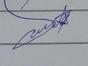
Signature authenticity: genuine